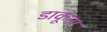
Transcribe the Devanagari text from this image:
डाकूंना